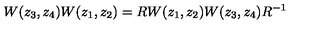
W ( z _ { 3 } , z _ { 4 } ) W ( z _ { 1 } , z _ { 2 } ) = R W ( z _ { 1 } , z _ { 2 } ) W ( z _ { 3 } , z _ { 4 } ) R ^ { - 1 }